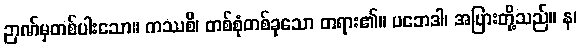
ဉာဏ်မှတစ်ပါးသော။ ကဿစိ၊ တစ်စုံတစ်ခုသော တရား၏။ ပဘေဒါ၊ အပြားတို့သည်။ န၊